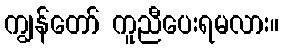
ကျွန်တော် ကူညီပေးရမလား။